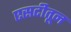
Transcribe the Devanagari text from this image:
एसटीतून